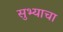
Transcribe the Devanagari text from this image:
सुभ्याचा